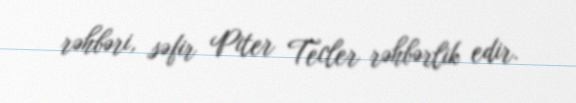
rəhbəri, səfir Piter Tecler rəhbərlik edir.